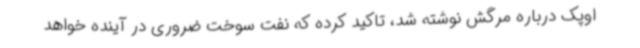
اوپک درباره مرگش نوشته شد، تاکید کرده که نفت سوخت ضروری در آینده خواهد